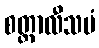
စတ္တာလီသမံ